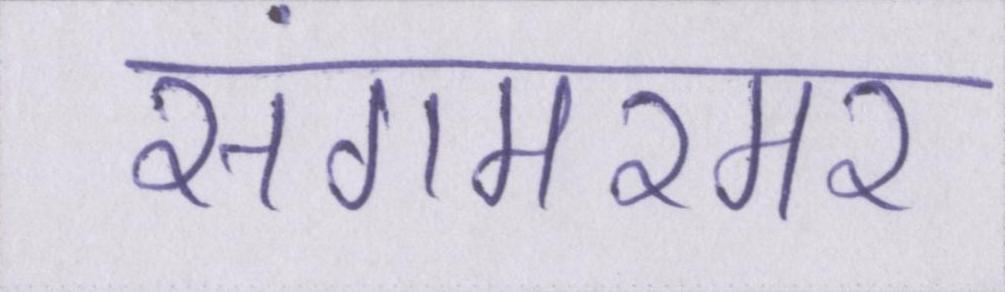
संगमरमर